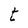
Character: t